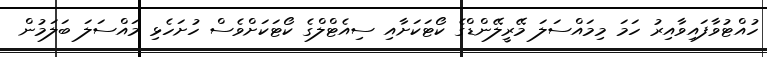
ހުއްޓުވާފައިވާއިރު ހަމަ މިމައްސަލަ މޭރީލޭންޑްގެ ކޯޓަކަށާއި ސިއެޓްލްގެ ކޯޓަކަށްވެސް ހުށަހެޅި މައްސަލަ ބަލަމުން